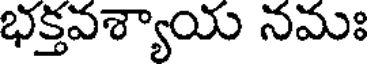
భక్తవశ్యాయ నమః